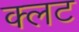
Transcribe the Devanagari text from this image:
क्लट